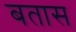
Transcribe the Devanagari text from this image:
बतास